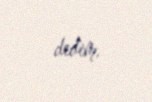
dedim.